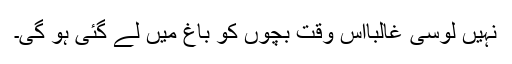
نہیں لوسی غالباًاس وقت بچوں کو باغ میں لے گئی ہو گی۔